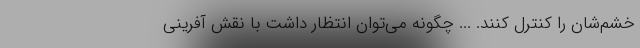
خشم‌شان را کنترل کنند. ... چگونه می‌توان انتظار داشت با نقش آفرینی